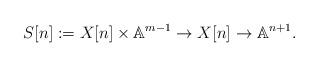
LaTeX: \begin{align*}S[n] := X[n]\times \mathbb A^{m-1} \to X[n]\to \mathbb A^{n+1}.\end{align*}